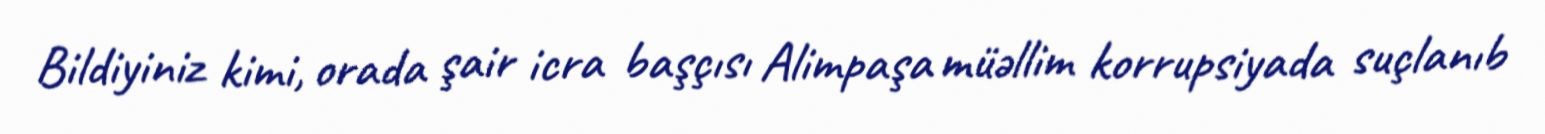
Bildiyiniz kimi, orada şair icra başçısı Alimpaşa müəllim korrupsiyada suçlanıb